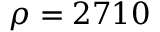
\rho = 2 7 1 0